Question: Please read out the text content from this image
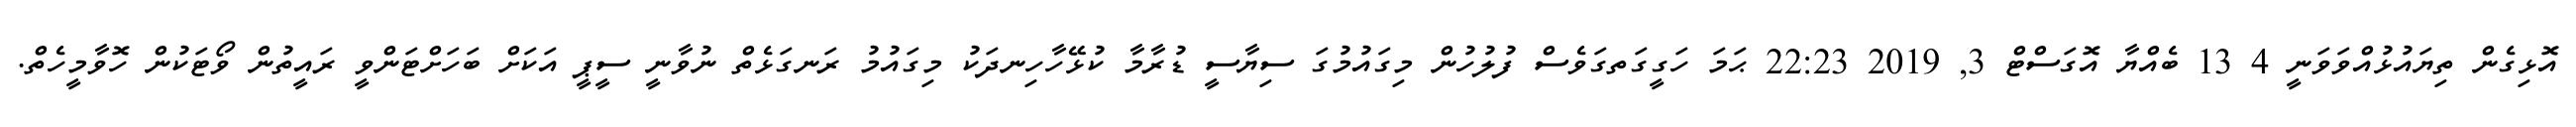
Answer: އޮޅިގެން ތިޔައުޅުއްވަވަނީ 4 13 ބެއްޔާ އޮގަސްޓް 3, 2019 22:23 ޙަމަ ހަގީގަތގަވެސް ފުލުހުން މިގައުމުގަ ސިޔާސީ ޑުރާމާ ކުޅޭހާހިނދަކު މިގައުމު ރަނގަޅެތް ނުވާނީ ސީޕީ އަކަށް ބަހަށްޓަންވީ ރައީތުން ވޯޓަކުން ހޮވާމީހެތް.